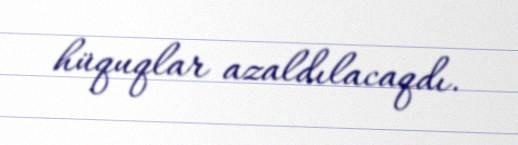
hüquqlar azaldılacaqdı.